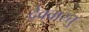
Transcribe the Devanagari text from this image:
देववास्तु